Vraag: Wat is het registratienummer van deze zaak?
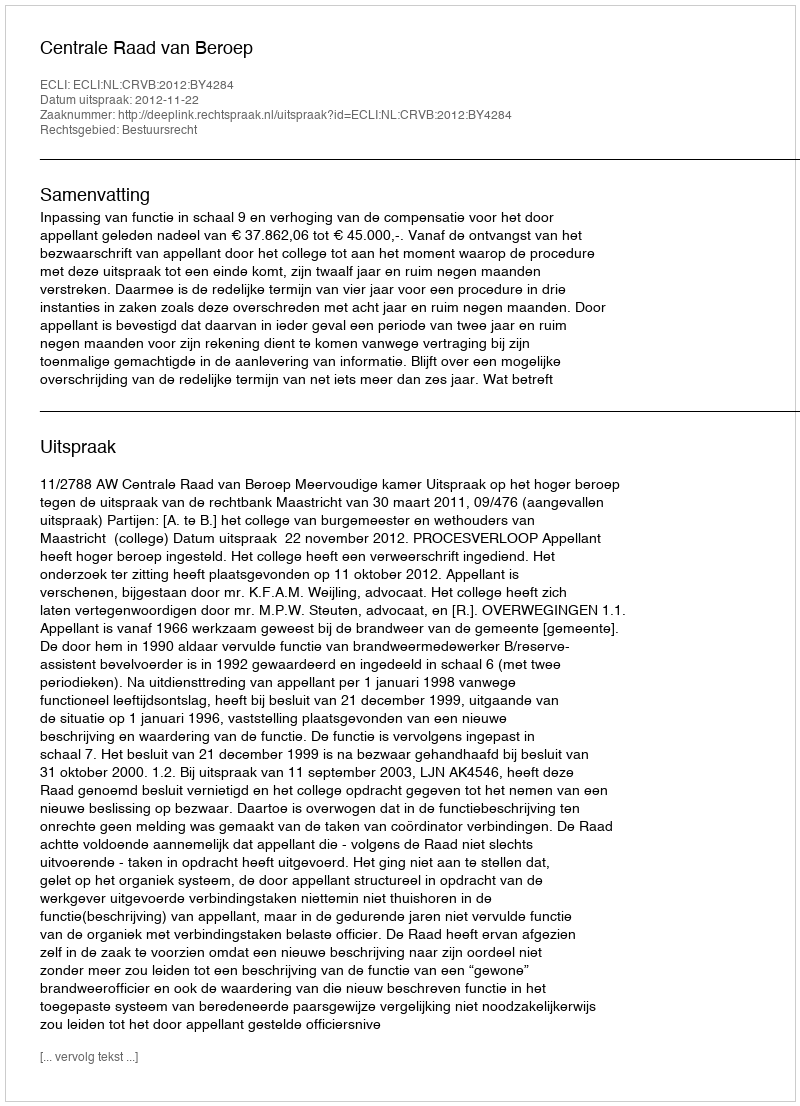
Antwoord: http://deeplink.rechtspraak.nl/uitspraak?id=ECLI:NL:CRVB:2012:BY4284